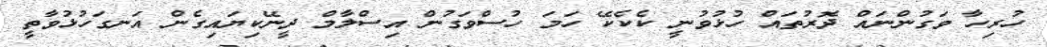
ހުރިހާ ވަގުންނައް ދޮރުތައް ހުޅުވުނީ ކެކެކޭ ހަމަ ހުސްވަގުން އިސްލާމް ދީނޭކިޔައިގެން އަނގަހުޅުވާތީ